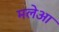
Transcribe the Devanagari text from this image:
मलेआ